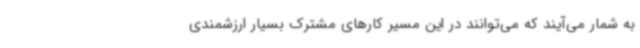
به شمار می‌آیند که می‌توانند در این مسیر کارهای مشترک بسیار ارزشمندی